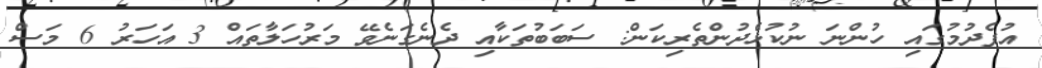
އުފެދުމުގައި ހުންނަ ނުކުޅެދުންތެރިކަން: ސަބަބުތަކާއި ދެނެގަނެވޭ މަރުހަލާތައް 3 އަހަރު 6 މަސް